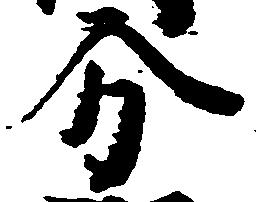
分